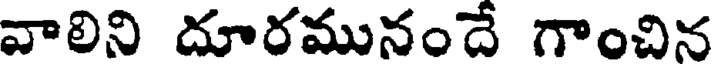
వాలిని దూరమునందే గాంచిన